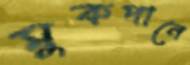
মুকপানে